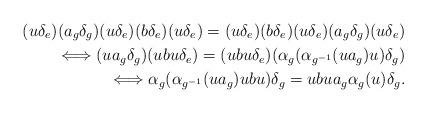
LaTeX: \begin{align*}(u \delta_e) (a_g \delta_g) (u \delta_e) (b \delta_e) (u \delta_e) =(u \delta_e) (b \delta_e) (u \delta_e) (a_g \delta_g) (u \delta_e) \\\Longleftrightarrow(u a_g \delta_g) (ubu \delta_e) = (ubu \delta_e) ( \alpha_g( \alpha_{g^{-1}}(u a_g) u ) \delta_g ) \\\Longleftrightarrow\alpha_g( \alpha_{g^{-1}}(u a_g) ubu ) \delta_g =ubu a_g \alpha_g(u) \delta_g.\end{align*}